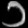
Digit: ၁